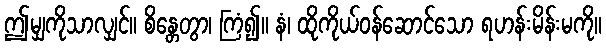
ဤမျှကိုသာလျှင်။ စိန္တေတွာ၊ ကြံ၍။ နံ၊ ထိုကိုယ်ဝန်ဆောင်သော ရဟန်းမိန်းမကို။